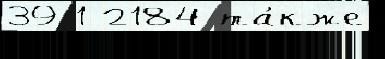
39 1 2184 та́кже